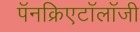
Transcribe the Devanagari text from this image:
पॅनक्रिएटॉलॉजी